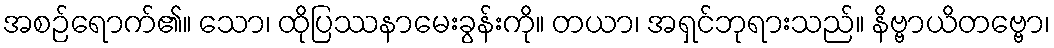
အစဉ်ရောက်၏။ သော၊ ထိုပြဿနာမေးခွန်းကို။ တယာ၊ အရှင်ဘုရားသည်။ နိဗ္ဗာယိတဗ္ဗော၊